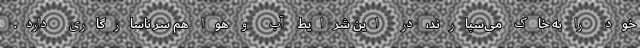
خود را به خاک می‌سپارند، در این شرایط آب و هوا هم سر ناسازگاری دارد.